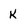
Character: K